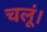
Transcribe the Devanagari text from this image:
चलूं।